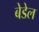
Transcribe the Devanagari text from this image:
बेडेल